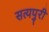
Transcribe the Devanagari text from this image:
सत्यपुरी